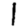
Digit: 1